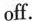
off.